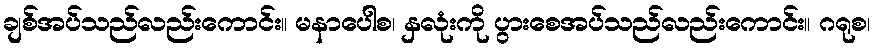
ချစ်အပ်သည်လည်းကောင်း။ မနာပေါစ၊ နှလုံးကို ပွားစေအပ်သည်လည်းကောင်း။ ဂရုစ၊